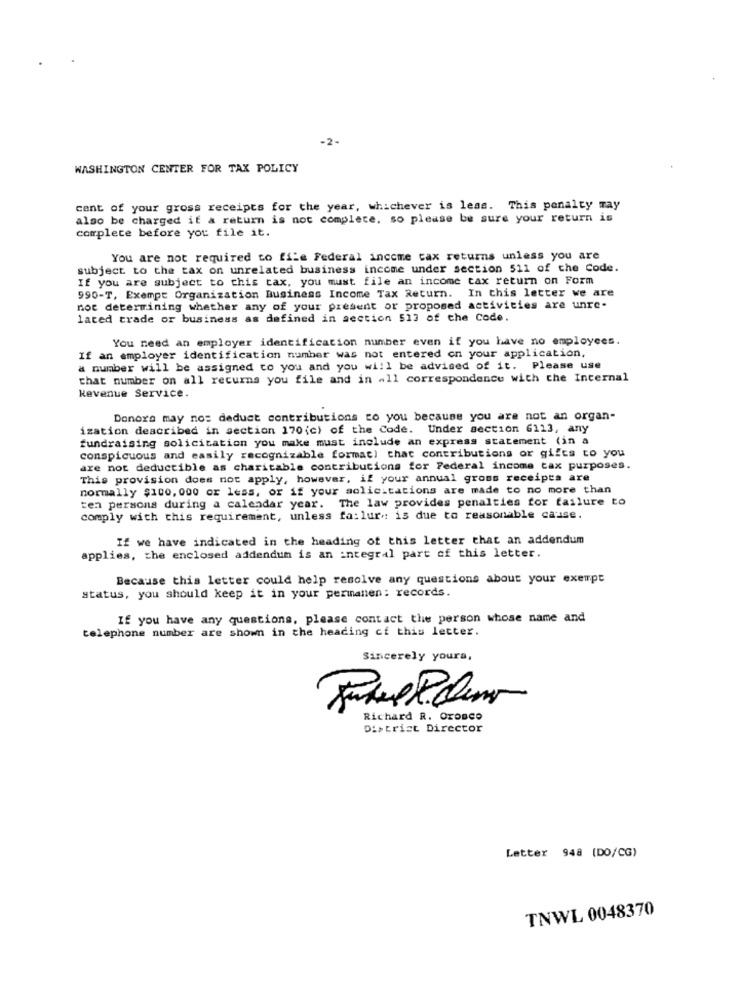
-2-
WASHINGTON CENTER FOR TAX POLICY
cent of your gross receipts for the year, whichever is less. This penalty may
also be charged if & return is not complete, so please be sure your return is
complete before you file it.
You are not required to file Federal income tax returns unless you are
subject to the tax on unrelated business income under section 511 of the Code.
If you are subject to this tax, you must file an income tax return on Form
990-T, Exempt Organization Business Income Tax Return. In this letter we are
not determining whether any of your present or proposed activities are unre-
lated trade or business as defined in section 513 of the Code.
You need an employer identification number even if you have no employees.
If an employer identification number was not entered on your application,
a number will be assigned to you and you will be advised of it. Please use
that number on all recurns you file and in all correspondence with the Internal
Revenue Service.
Donors may no: deduct contributions to you because you are not an organ-
ization described in section 170 (c) of the Code. Under section 6113, any
fundraising solicitation you make must include an express statement (in a
conspicuous and easily recognizable format) that contributions or gifts to you
are not deductible as charitable contributions for Federal income tax purposes.
This provision does not apply, however, if your annual gross receipts are
normally $100, 000 or less, or if your solicitations are made to no more than
ten persons during a calendar year. The law provides penalties for failure to
comply with this requirement, unless fa:lur": is due to reasonable cause.
If we have indicated in the heading of this letter that an addendum
applies, the enclosed addendum is an integral part of this letter.
Because this letter could help resolve any questions about your exempt
status, you should keep it in your permanen: records.
If you have any questions, please contact the person whose name and
telephone number are shown in the heading cf this letter.
Sincerely yours,
Richard R. Orosco
District Director
Letter 948 [DO/CG)
TNWL 0048370